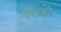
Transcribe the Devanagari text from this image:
पकड़ों